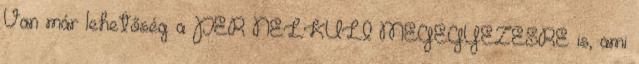
Van már lehetőség a PER NÉLKÜLI MEGEGYEZÉSRE is, ami